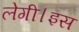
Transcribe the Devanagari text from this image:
लेगी।इस